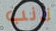
ذنب